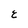
Character: E